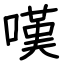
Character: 嘆